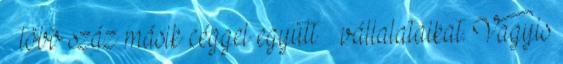
– több száz másik céggel együtt – vállalataikat. Vagyis